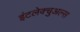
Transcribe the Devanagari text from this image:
इंटलेक्चुअल्स